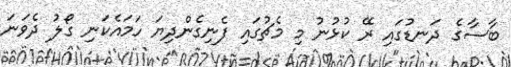
ބާސާގެ ދަނޑުގައި ރޭ ކުޅުނު މި މެޗުގައި ފެނިގެންދިޔަ ހަމައެކަނި ގޯލު ދެވަނަ